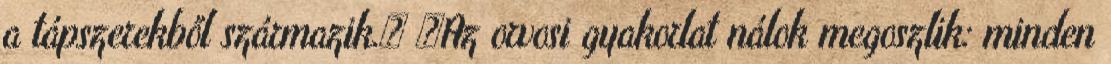
a tápszerekből származik.» «Az orvosi gyakorlat nálok megoszlik: minden